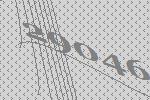
29046